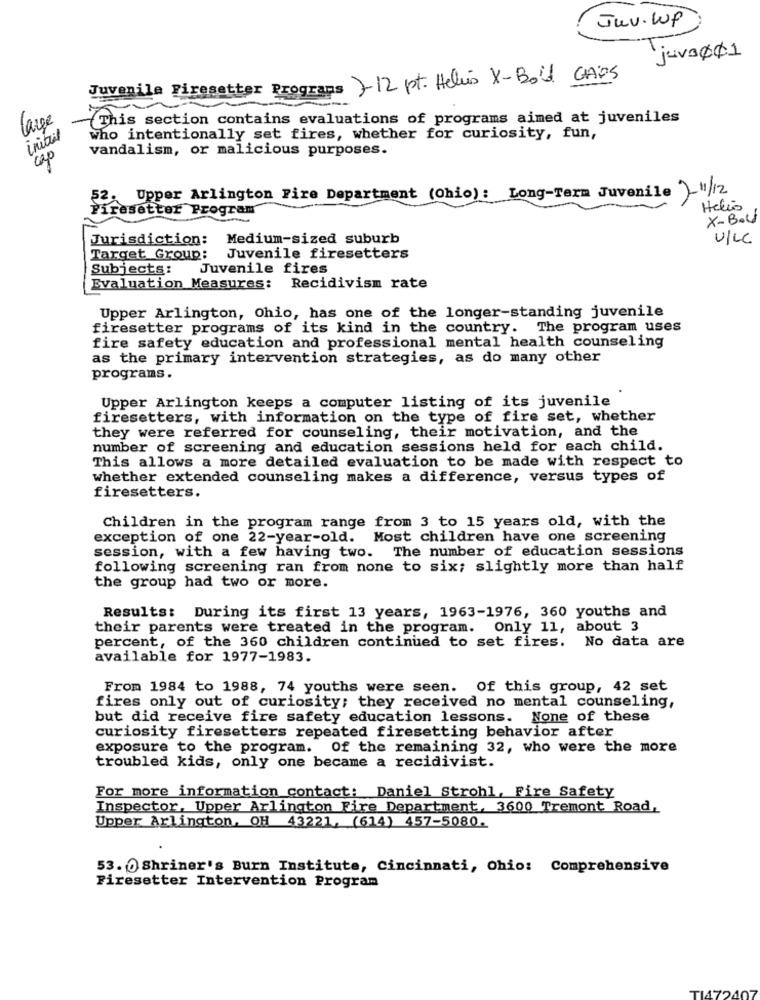
Juv. WP
juva 001
Juvenile Firesetter Programs 7- 12 pt. Helés X-Bou CHES
large
{This section contains evaluations of programs aimed at juveniles
initil
who intentionally set fires, whether for curiosity, fun,
vandalism, or malicious purposes.
Upper Arlington Fire Department (Ohio): Long-Term Juvenile )-11/12
esetter Program
Helio
X-Bou
Jurisdiction:
Medium-sized suburb
VILC
Target Group:
Juvenile firesetters
Subjects:
Juvenile fires
Evaluation Measures: Recidivism rate
Upper Arlington, Ohio, has one of the longer-standing juvenile
firesetter programs of its kind in the country. The program uses
fire safety education and professional mental health counseling
as the primary intervention strategies, as do many other
programs.
Upper Arlington keeps a computer listing of its juvenile
firesetters, with information on the type of fire set, whether
they were referred for counseling, their motivation, and the
number of screening and education sessions held for each child.
This allows a more detailed evaluation to be made with respect to
whether extended counseling makes a difference, versus types of
firesetters.
Children in the program range from 3 to 15 years old, with the
exception of one 22-year-old. Most children have one screening
session, with a few having two. The number of education sessions
following screening ran from none to six; slightly more than half
the group had two or more.
Results: During its first 13 years, 1963-1976, 360 youths and
their parents were treated in the program.
Only 11, about 3
percent, of the 360 children continued to set fires. No data are
available for 1977-1983.
From 1984 to 1988, 74 youths were seen. Of this group, 42 set
fires only out of curiosity; they received no mental counseling,
but did receive fire safety education lessons. None of these
curiosity firesetters repeated firesetting behavior after
exposure to the program. Of the remaining 32, who were the more
troubled kids, only one became a recidivist.
For more information contact: Daniel Strohl, Fire Safety
Inspector, Upper Arlington Fire Department, 3600 Tremont Road,
Upper Arlington, OH 43221, (614) 457-5080.
53. 0 Shriner's Burn Institute, Cincinnati, Ohio: Comprehensive
Firesetter Intervention Program
170